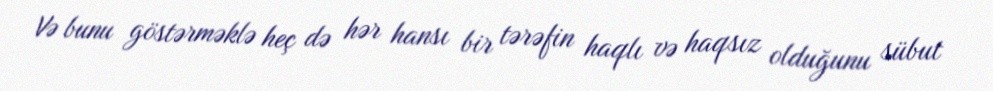
Və bunu göstərməklə heç də hər hansı bir tərəfin haqlı və haqsız olduğunu sübut